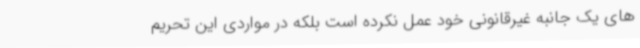
های یک جانبه غیرقانونی خود عمل نکرده است بلکه در مواردی این تحریم